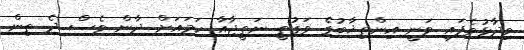
ވިދާޅުވެފައި ވަނީ އިންތިޚާބުގެ ވަގުތީ ނަތީޖާއާ ހަމައަށް ދާން ވެސް ދެ ތިން